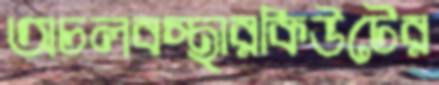
অচলবস্থারকিউটের